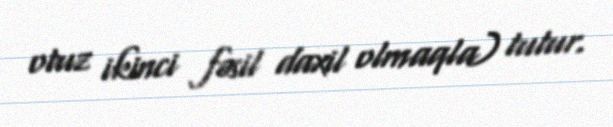
otuz ikinci fəsil daxil olmaqla) tutur.